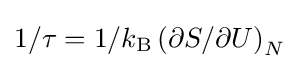
1/\tau =1/k_{\text{B}}\left(\partial S/\partial U\right)_{N}